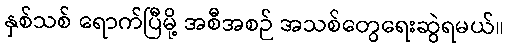
နှစ်သစ် ရောက်ပြီမို့ အစီအစဉ် အသစ်တွေရေးဆွဲရမယ်။